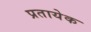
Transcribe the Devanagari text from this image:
प्रतायेक